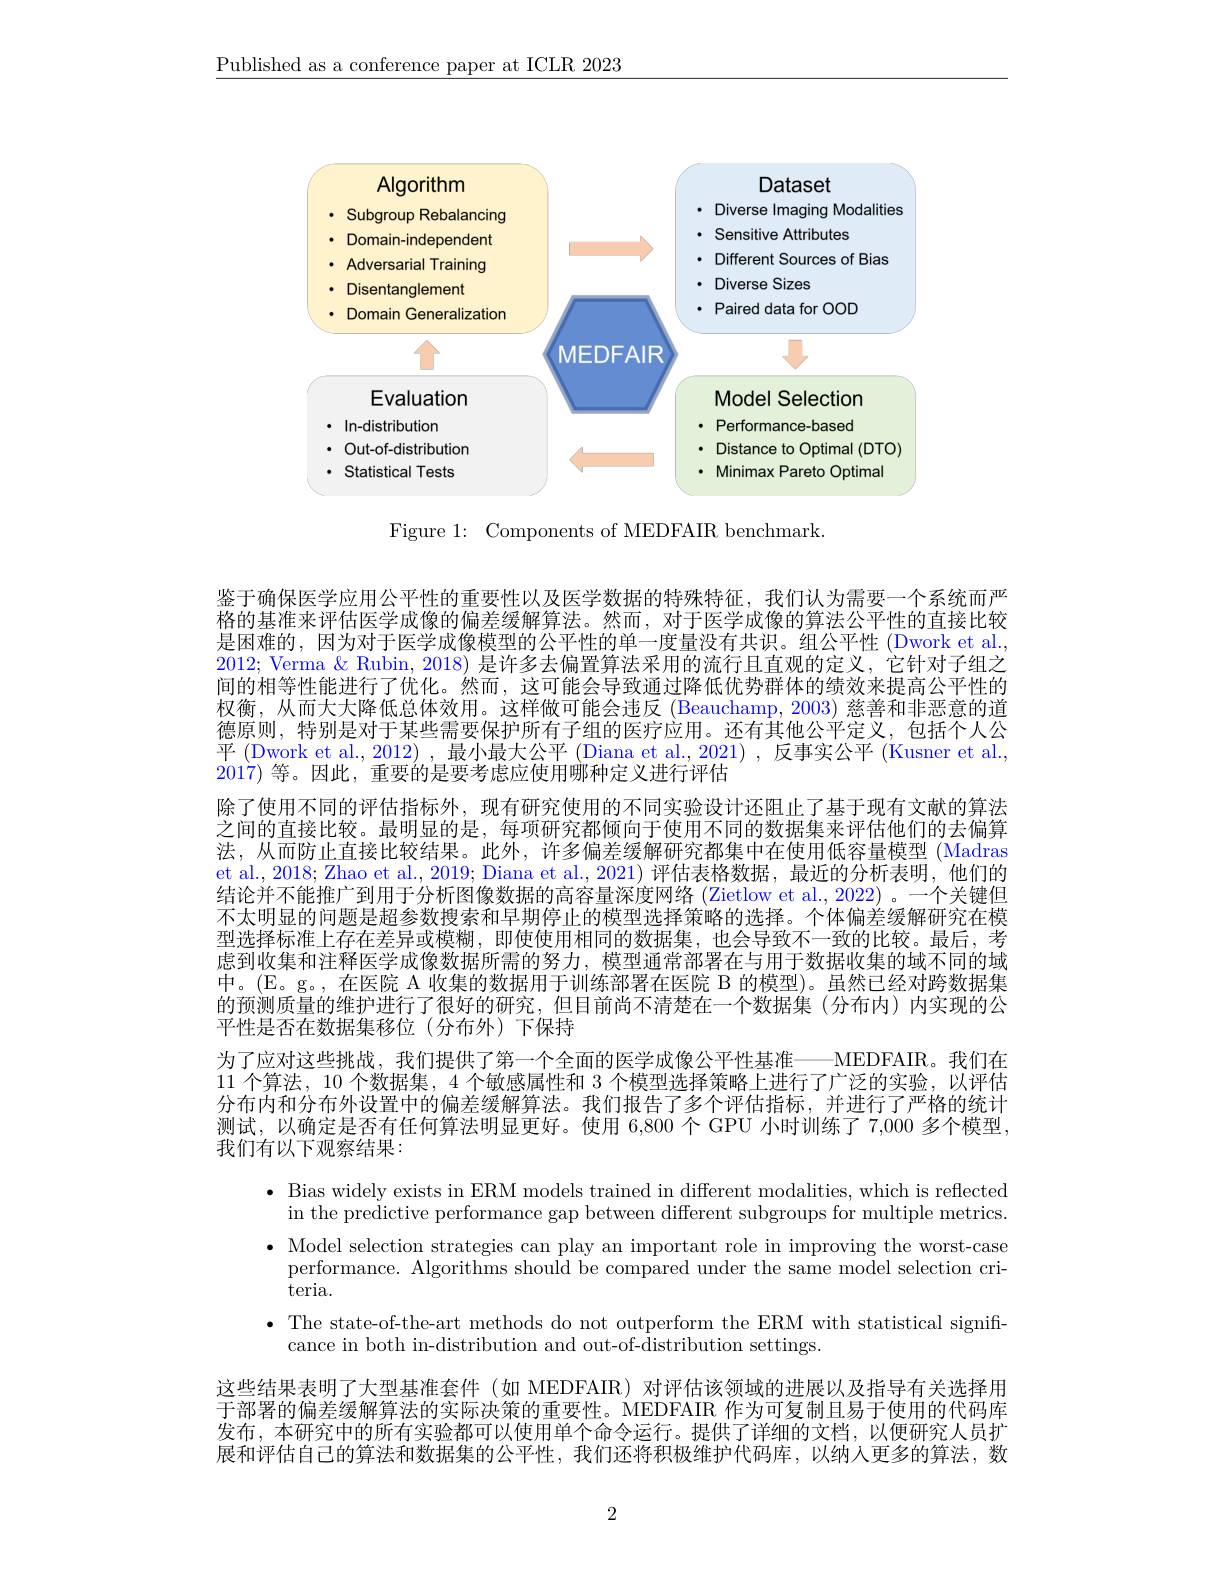
$\underline{\text{Published as a conference paper at ICLR 2023}}$

<FigureHere>

Figure 1: Components of MEDFAIR benchmark.

鉴于确保医学应用公平性的重要性以及医学数据的特殊特征，我们认为需要一个系统而严格的基准来评估医学成像的偏差缓解算法。然而，对于医学成像的算法公平性的直接比较是困难的，因为对于医学成像模型的公平性的单一度量没有共识。组公平性 (Dwork et al. 2012; Verma & Rubin, 2018) 是许多去偏置算法采用的流行且直观的定义，它针对子组之间的相等性能进行了优化。然而，这可能会导致通过降低优势群体的绩效来提高公平性的权衡，从而大大降低总体效用。这样做可能会违反(Beauchamp,2003) 慈善和非恶意的道德原则，特别是对于某些需要保护所有子组的医疗应用。还有其他公平定义，包括个人公平 (Dwork et al., 2012) , 最小最大公平 (Diana et al., 2021) , 反事实公平 (Kusner et al., 2017)等。因此，重要的是要考虑应使用哪种定义进行评估
除了使用不同的评估指标外，现有研究使用的不同实验设计还阻止了基于现有文献的算法之间的直接比较。最明显的是，每项研究都倾向于使用不同的数据集来评估他们的去偏算法，从而防止直接比较结果。此外，许多偏差缓解研究都集中在使用低容量模型 (Madras et al., 2018; Zhao et al., 2019; Diana et al., 2021) 评估表格数据，最近的分析表明，他们的结论并不能推厂到用十分析图像数据的品谷量深度网络(Zietlow et al.2022)。一个关键但不太明显的问题是超参数搜索和早期停止的模型选择策略的选择。个体偏差缓解研究在模型选择标准上存在差异或模糊，即使使用相同的数据集，也会导致不一致的比较。最后，考虑到收集和注释医学成像数据所需的努力，模型通常部署在与用于数据收集的域不同的域中。(E。g。,在医院 A 收集的数据用于训练部署在医院 B 的模型)。虽然已经对跨数据集的预测质量的维护进行了很好的研究，但目前尚不清楚在一个数据集(分布内)内实现的公平性是否在数据集移位(分布外)下保持
为了应对这些挑战，我们提供了第一个全面的医学成像公平性基准———MEDFAIR。我们在11 个算法，10 个数据集，4 个敏感属性和 3 个模型选择策略上进行了广泛的实验，以评估分布内和分布外设置中的偏差缓解算法。我们报告了多个评估指标，并进行了严格的统计测试，以确定是否有任何算法明显更好。使用 6,800 个 GPU 小时训练了 7,000 多个模型， 我们有以下观察结果：
· Bias widely exists in ERM models trained in different modalities, which is reflected
in the predictive performance gap between different subgroups for multiple metrics. · Model selection strategies can play an important role in improving the worst-case
performance. Algorithms should be compared under the same model selection cri-
teria.
$\bullet$ The state-of-the-art methods do not outperform the ERM with statistical signifi-
cance in both in-distribution and out-of-distribution settings.
这些结果表明了大型基准套件 (如 MEDFAIR) 对评估该领域的进展以及指导有关选择用于部署的偏差缓解算法的实际决策的重要性。MEDFAIR 作为可复制且易于使用的代码库发布，本研究中的所有实验都可以使用单个命令运行。提供了详细的文档，以便研究人员扩展和评估自己的算法和数据集的公平性，我们还将积极维护代码库，以纳人更多的算法，数

2